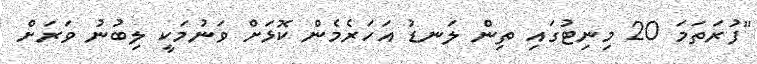
"ފުރަތަމަ 20 މިނިޓުގައި ތިން ލަނޑު އަހަރެމެން ކޮޅަށް ވަނުމަކީ ލިބުނު ވަރަށް